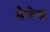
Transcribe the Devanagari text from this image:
डेमेन्ड